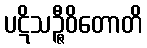
ပဋိသဉ္ဇီဝိတောတိ